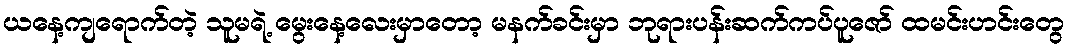
ယနေ့ကျရောက်တဲ့ သူမရဲ့ မွေးနေ့လေးမှာတော့ မနက်ခင်းမှာ ဘုရားပန်းဆက်ကပ်ပူဇော် ထမင်းဟင်းတွေ